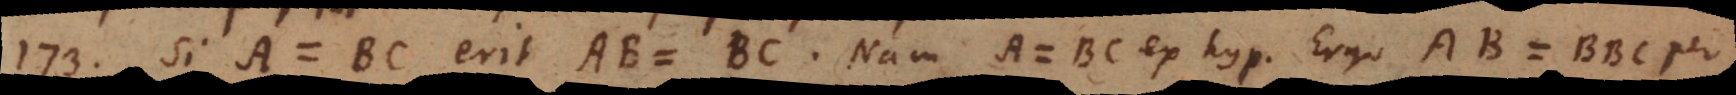
173) Si A = BC erit AB = BC. Nam A = BC ex hyp. Ergo AB = BBC per